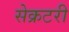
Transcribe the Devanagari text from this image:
सेेक्रटरी